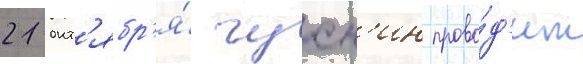
21 окт'ябр'я́ чухн'ин прово́д'ит